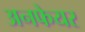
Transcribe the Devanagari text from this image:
अनफेयर